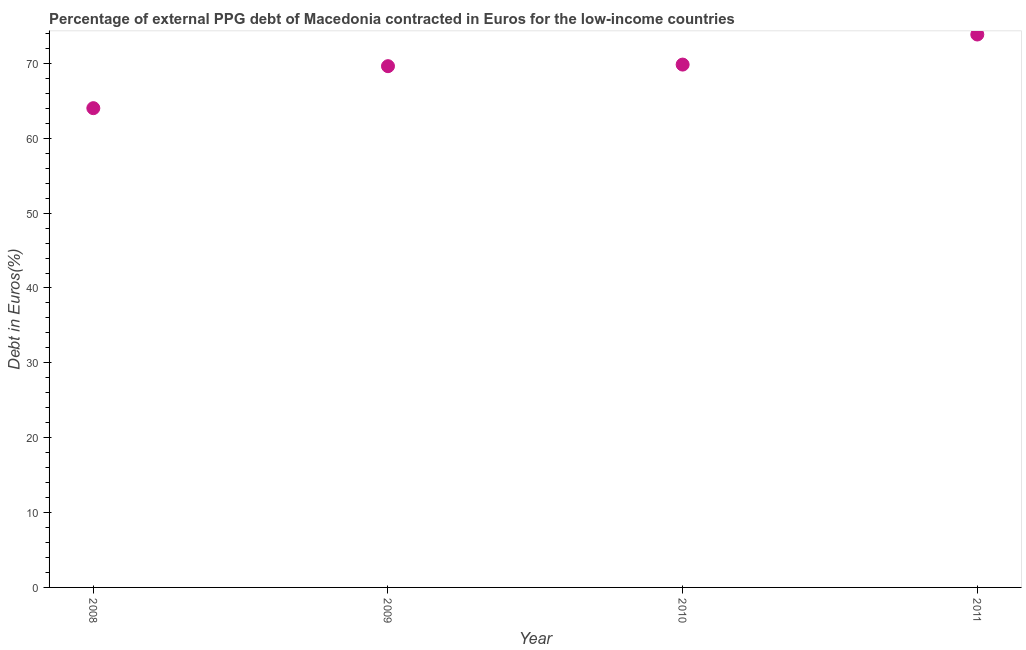
| Year | Currency composition of PPG debt |
 | --- | --- |
 | 2008 | 64 |
 | 2009 | 69.6 |
 | 2010 | 69.8 |
 | 2011 | 73.9 |